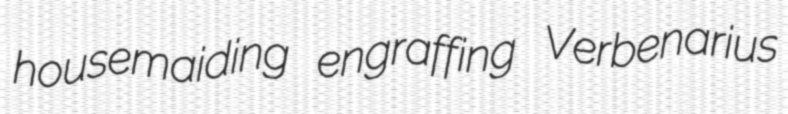
housemaiding engraffing Verbenarius